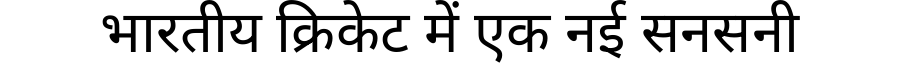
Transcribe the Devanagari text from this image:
भारतीय क्रिकेट में एक नई सनसनी